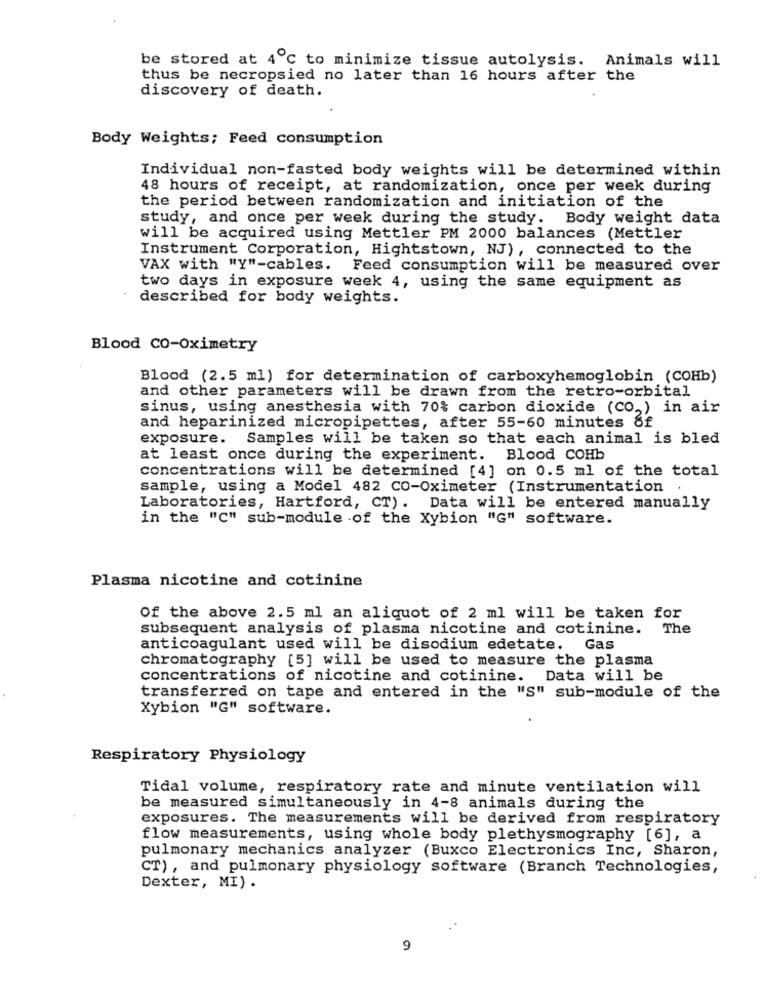
be stored at 4℃ to minimize tissue autolysis. Animals will
thus be necropsied no later than 16 hours after the
discovery of death.
Body Weights; Feed consumption
Individual non-fasted body weights will be determined within
48 hours of receipt, at randomization, once per week during
the period between randomization and initiation of the
study, and once per week during the study. Body weight data
will be acquired using Mettler PM 2000 balances (Mettler
Instrument Corporation, Hightstown, NJ), connected to the
VAX with "Y"-cables. Feed consumption will be measured over
two days in exposure week 4, using the same equipment as
described for body weights.
Blood CO-Oximetry
Blood (2.5 ml) for determination of carboxyhemoglobin (COHb)
and other parameters will be drawn from the retro-orbital
sinus, using anesthesia with 70% carbon dioxide (CO,) in air
and heparinized micropipettes, after 55-60 minutes 8f
exposure. Samples will be taken so that each animal is bled
at least once during the experiment. Blood COHb
concentrations will be determined [4] on 0.5 ml of the total
sample, using a Model 482 CO-Oximeter (Instrumentation
Laboratories, Hartford, CT). Data will be entered manually
in the "C" sub-module of the Xybion "G" software.
Plasma nicotine and cotinine
Of the above 2.5 ml an aliquot of 2 ml will be taken for
subsequent analysis of plasma nicotine and cotinine.
The
anticoagulant used will be disodium edetate. Gas
chromatography [5] will be used to measure the plasma
concentrations of nicotine and cotinine. Data will be
transferred on tape and entered in the "S" sub-module of the
Xybion "G" software.
Respiratory Physiology
Tidal volume, respiratory rate and minute ventilation will
be measured simultaneously in 4-8 animals during the
exposures. The measurements will be derived from respiratory
flow measurements, using whole body plethysmography [6], a
pulmonary mechanics analyzer (Buxco Electronics Inc, Sharon,
CT), and pulmonary physiology software (Branch Technologies,
Dexter, MI) .
9